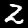
Label: 2